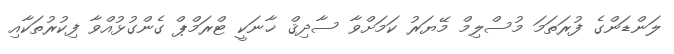
ލަންޑަންގެ ފުރަތަމަ މުސްލިމް މޭޔަރު ކަމަށްވާ ސާދިޤް ޚާނަކީ ޓްރަމްޕް ގެންގުޅުއްވާ ފިކުރުތަކާއި